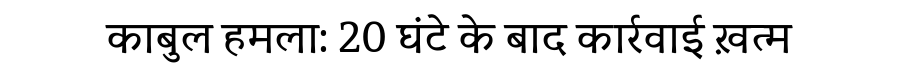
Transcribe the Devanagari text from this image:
काबुल हमला: 20 घंटे के बाद कार्रवाई ख़त्म